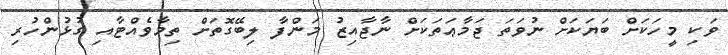
ވަކި މީހަކަށް ބަޔަކަށް ނުވަތަ ޖަމާޢަތަކަށް ނާޖާއިޒު މަންފާ ލިބޭގޮތަށް ތިމާވެއްޓާއި ގުޅުންހުރި